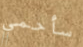
سأحمي